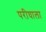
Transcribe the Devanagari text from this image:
परीघाला